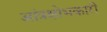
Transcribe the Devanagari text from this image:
आंत्रक्षोभकारी